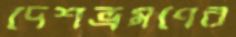
দেশভ্রমণের